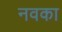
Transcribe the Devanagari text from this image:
नवका